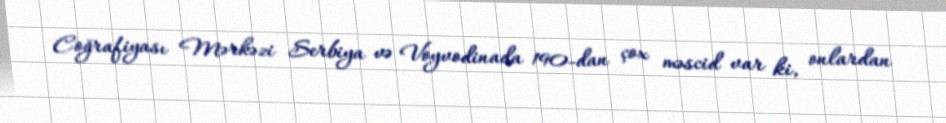
Coğrafiyası Mərkəzi Serbiya və Voyvodinada 190-dan çox məscid var ki, onlardan